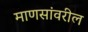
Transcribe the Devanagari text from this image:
माणसांवरील